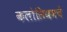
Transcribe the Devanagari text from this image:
कलोसियमचे